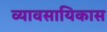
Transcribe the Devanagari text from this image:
व्यावसायिकास